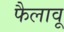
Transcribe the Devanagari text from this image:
फैलावू